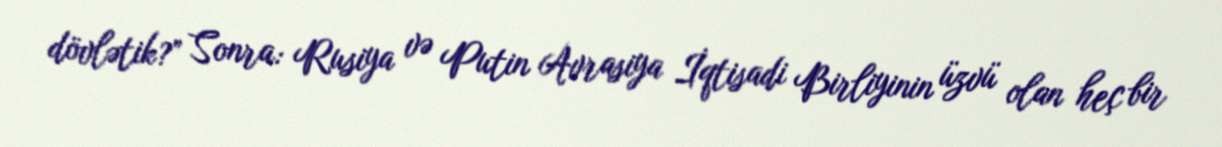
dövlətik?” Sonra: Rusiya və Putin Avrasiya İqtisadi Birliyinin üzvü olan heç bir